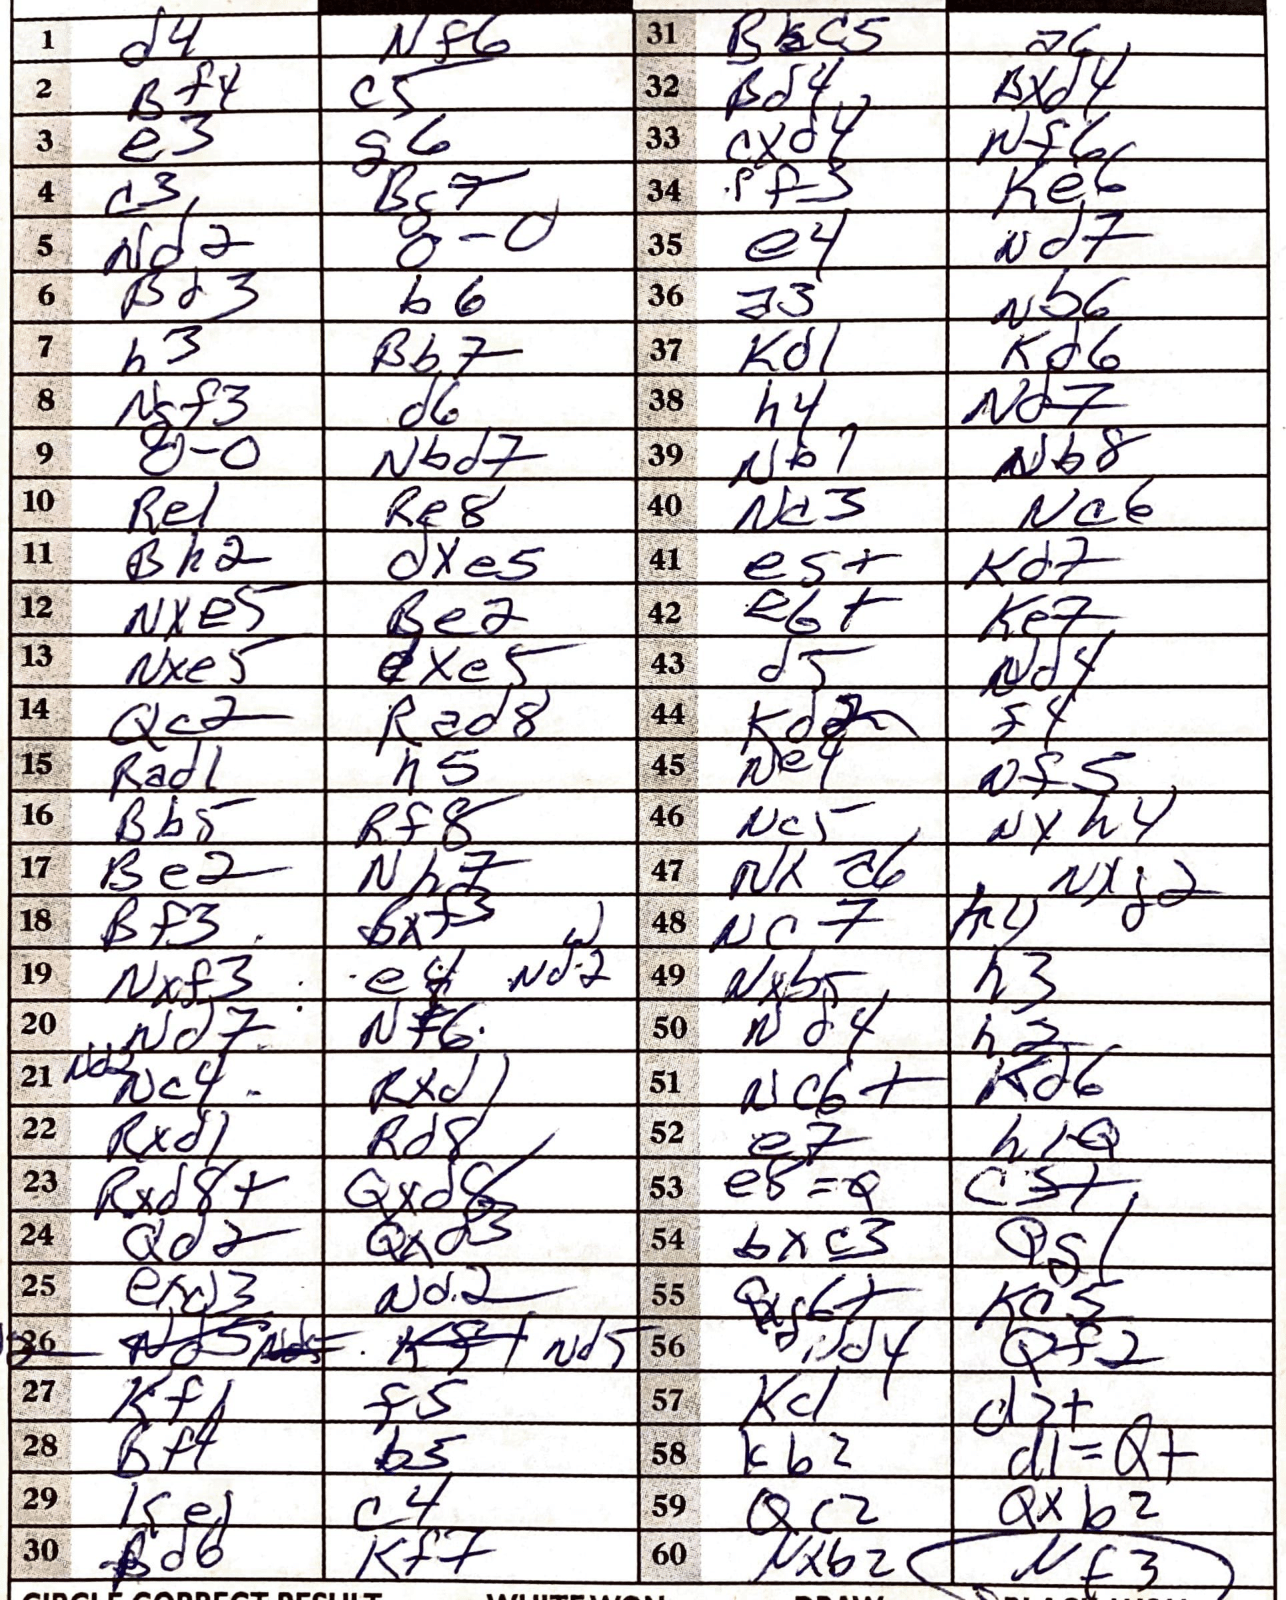
Moves: d4 Nf6 Bf4 c5 e3 g6 c3 Bc7 Nd2 O-O Bd3 b6 b3 Bb7 Ngf3 d6 O-O Nbd7 Re1 Re8 Bh2 dxe5 Nxe5 Be2 Nxe5 dxe5 Qc2 Rad8 Rad1 h5 Bb5 Rf8 Be2 Nh7 Bf3 Bxf3 Nxf3 Nd7 Nf6 Rxd1 Rxd1 Rd8 Rxd8+ Qxd8 Qd2 Qxd5 exd3 Nd2 Nd5 Kf2 f5 Bf4 b5 Ke1 c4 Bd6 Kf7 Bac5 a6 Bd4 Bxd4 cxd4 Nf6 Pf3 Ke6 e4 Nd7 a3 Nb6 Kd1 Kd6 h4 Nd7 Nb1 Nb8 Nc3 Nc6 e5+ Kd7 e6+ Ke7 d5 Nd4 Kd2 f4 Ne4 Nf5 Nc5 Nxh4 Nxa6 Nxf2 Nc7 h4 Nxb5 h3 Nd4 h2 Nc6+ Kd6 e7 h1Q e8=Q c5+ bxc3 Qg1 Qxf6+ Kc5 Qf2 Kc1 d2+ Kb2 d1=Q+ Qc2 Qxb2 Nxb2 Nf3